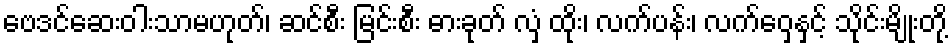
ဗေဒင်ဆေးဝါးသာမဟုတ်၊ ဆင်စီး မြင်းစီး ဓားခုတ် လှံ ထိုး၊ လက်ပန်း၊ လက်ဝှေ့နှင့် သိုင်းမျိုးတို့